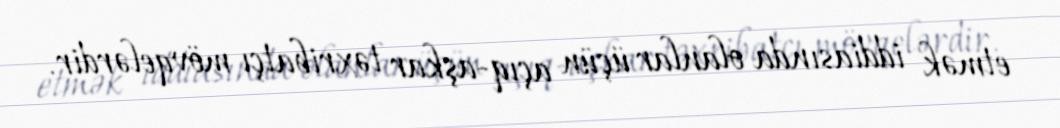
etmək iddiasında olanlar üçün açıq-aşkar təxribatçı mövqelərdir.